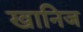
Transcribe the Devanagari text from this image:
खानिज